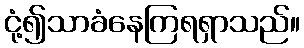
ငုံ့၍သာခံနေကြရရှာသည်။